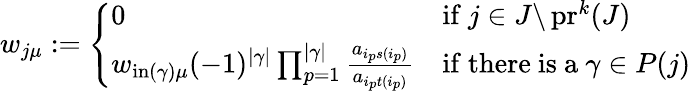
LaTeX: \begin{array}{r}{w_{j\mu}:=\left\{ \begin{array}{ll}{0}&{\mathrm{if~}j\in J\backslash\operatorname{pr}^{k}(J)}\\ {w_{\operatorname{in}(\gamma)\mu}(-1)^{|\gamma|}\prod_{p=1}^{|\gamma|}\frac{a_{i_{p}s(i_{p})}}{a_{i_{p}t(i_{p})}}}&{\mathrm{if~there~is~a~}\gamma\in P(j)\ }\end{array}\right.}\end{array}